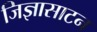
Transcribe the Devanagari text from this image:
जिज्ञासाटन